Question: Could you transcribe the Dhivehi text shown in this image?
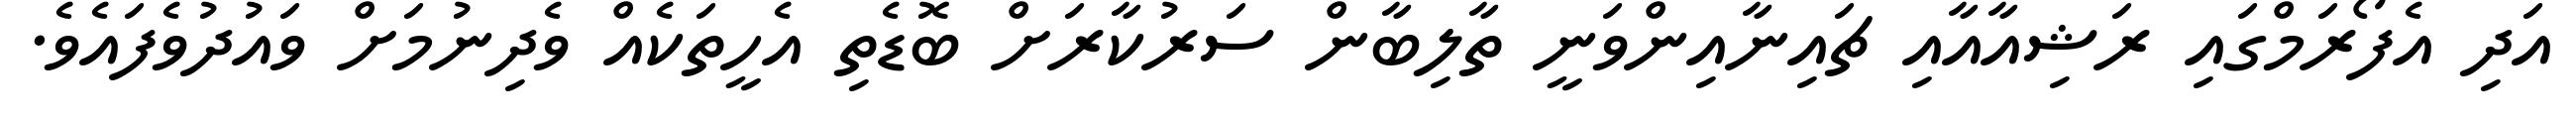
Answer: އަދި އެފޯރަމްގައި ރަޝިއާއާއި ޗައިނާއިންވަނީ ތާލިބާން ސަރުކާރަށް ބޮޑެތި އެހީތަކެއް ވެދިނުމަށް ވައުދުވެފައެވެ.